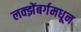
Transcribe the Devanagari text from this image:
लक्झेंबर्गमधून